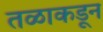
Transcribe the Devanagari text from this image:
तळाकडून